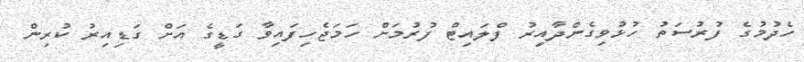
ހެދުމުގެ ފުރުސަތު ހުޅުވިގެންދާއިރު ފްލައިޓް ފުރުމަށް ހަމަޖެހިފައިވާ ގަޑީގެ އަށް ގަޑިއިރު ކުރިން